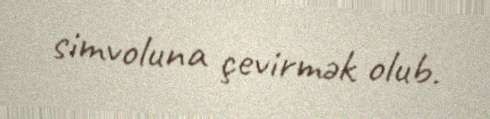
simvoluna çevirmək olub.